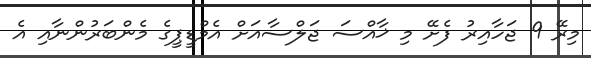
މިރޭ 9 ޖަހާއިރު ފެށޭ މި ޚާއްސަ ޖަލްސާއަށް އެމްޑީޕީގެ މެންބަރުންނާއި އެ